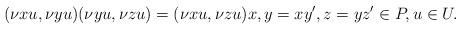
LaTeX: \begin{align*}(\nu xu,\nu yu)(\nu yu,\nu zu) = (\nu xu,\nu zu) x,y=xy',z=yz'\in P, u\in U. \end{align*}